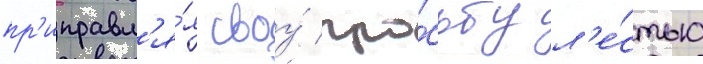
пр'иправл'я́я своу́ про́сьбу л'е́стью